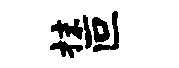
抹叵